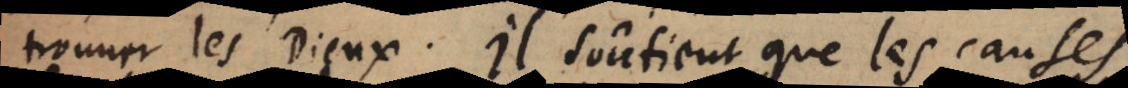
trouver les Dieux. Il soûtient que les causes